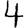
Digit: 4